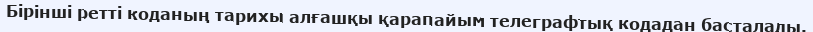
Бірінші ретті коданың тарихы алғашқы қарапайым телеграфтық кодадан басталады.